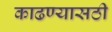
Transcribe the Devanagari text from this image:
काढण्यासठी